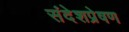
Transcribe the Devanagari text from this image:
संदेशप्रेषण